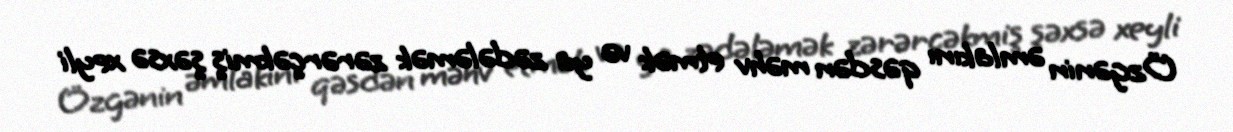
Özgənin əmlakını qəsdən məhv etmək və ya zədələmək zərərçəkmiş şəxsə xeyli